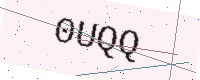
Text: 0UQQ